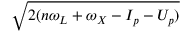
\sqrt { 2 ( n \omega _ { L } + \omega _ { X } - I _ { p } - U _ { p } ) }